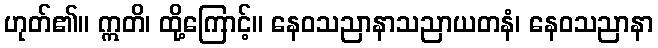
ဟုတ်၏။ ဣတိ၊ ထို့ကြောင့်။ နေဝသညာနာသညာယတနံ၊ နေဝသညာနာ